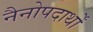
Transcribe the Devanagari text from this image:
नैनोपदार्थों